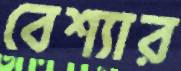
বেশ্যার